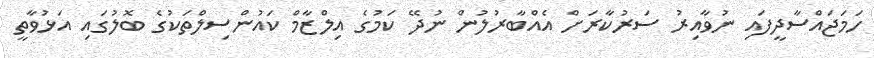
ހަމަޖައްސާދީފައި ނުވާއިރު ސަރުކާރަށް އެއްބާރުލުން ނުދޭ ކަމުގެ އިލްޒާމް ކައުންސިލްތަކުގެ ބޮލުގައި އަޅުވާތީ